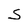
Character: s